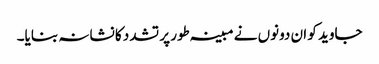
جاوید کو ان دونوں نے مبینہ طور پر تشدد کا نشانہ بنایا۔